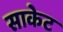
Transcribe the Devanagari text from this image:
साकेट